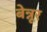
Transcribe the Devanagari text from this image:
बेन्नूर